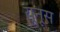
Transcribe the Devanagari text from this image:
यूनूस